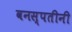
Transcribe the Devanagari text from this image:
वनस्पतीनी